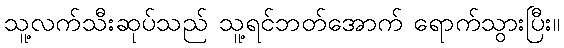
သူ့လက်သီးဆုပ်သည် သူ့ရင်ဘတ်အောက် ရောက်သွားပြီး။